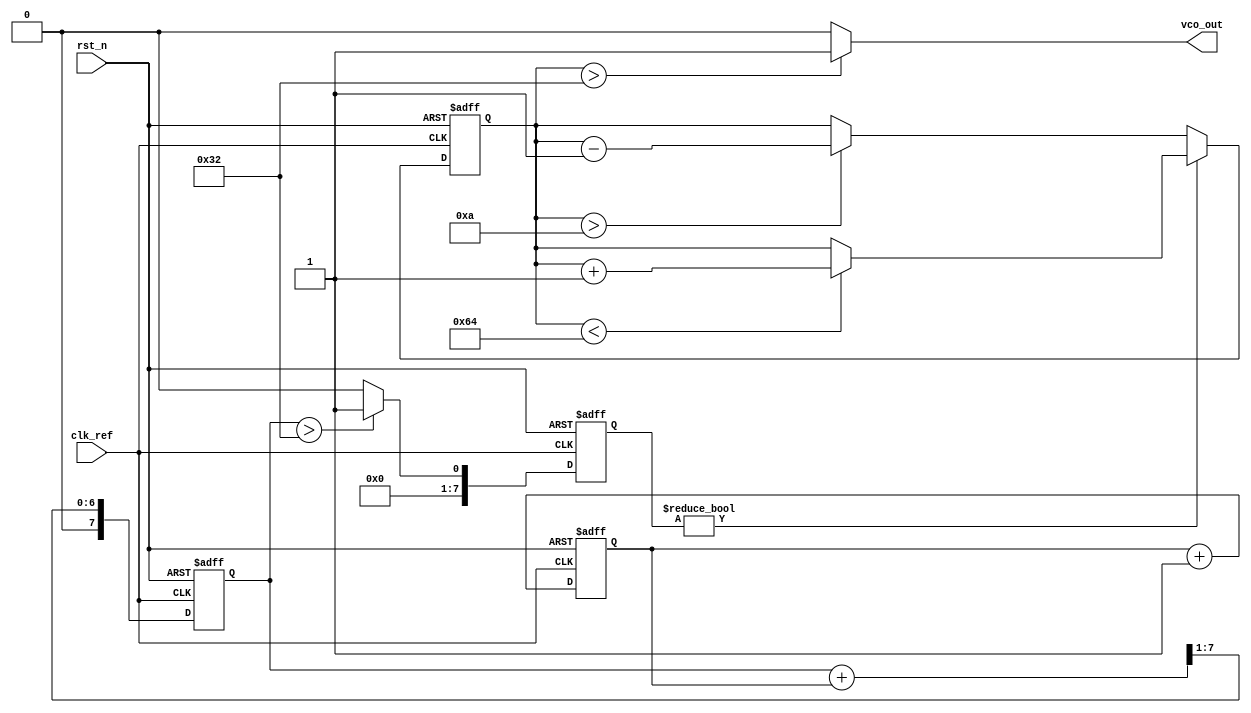
module SigmaDeltaPLL(
    input wire clk_ref,            // Reference clock input
    input wire rst_n,             // Active-low reset
    output wire vco_out           // VCO output
);

// Parameters
parameter N = 8;                 // Oversampling ratio
parameter VCO_MAX_FREQ = 100;   // Maximum VCO frequency
parameter VCO_MIN_FREQ = 10;    // Minimum VCO frequency

// Internal signals
reg [N-1:0] phase_count;         // Phase detector output
reg [N-1:0] loop_filter_out;     // Loop filter output
reg [N-1:0] sigma_delta_out;     // Sigma-delta modulator output
reg vco_ctrl;                    // Control signal for VCO
reg [7:0] vco_freq;              // VCO frequency control

// Phase Detector
always @(posedge clk_ref or negedge rst_n) begin
    if (!rst_n) begin
        phase_count <= 0;
    end else begin
        // Example phase detection logic (simple counter for demonstration)
        phase_count <= phase_count + 1; // Increment phase count
    end
end

// Loop Filter (Simple Low-Pass Filter)
always @(posedge clk_ref or negedge rst_n) begin
    if (!rst_n) begin
        loop_filter_out <= 0;
    end else begin
        // Simple averaging filter
        loop_filter_out <= (loop_filter_out + phase_count) >> 1; // Average
    end
end

// Sigma-Delta Modulator (1-bit ADC)
always @(posedge clk_ref or negedge rst_n) begin
    if (!rst_n) begin
        sigma_delta_out <= 0;
    end else begin
        // Simple 1-bit quantizer
        if (loop_filter_out > (VCO_MAX_FREQ / 2)) begin
            sigma_delta_out <= 1;
        end else begin
            sigma_delta_out <= 0;
        end
    end
end

// Voltage-Controlled Oscillator (VCO)
always @(posedge clk_ref or negedge rst_n) begin
    if (!rst_n) begin
        vco_freq <= VCO_MIN_FREQ; // Initialize VCO frequency
    end else begin
        // Control VCO frequency based on sigma-delta output
        if (sigma_delta_out) begin
            if (vco_freq < VCO_MAX_FREQ) begin
                vco_freq <= vco_freq + 1; // Increase frequency
            end
        end else begin
            if (vco_freq > VCO_MIN_FREQ) begin
                vco_freq <= vco_freq - 1; // Decrease frequency
            end
        end
    end
end

// VCO output generation (simple toggle for demonstration)
assign vco_out = (vco_freq > (VCO_MAX_FREQ / 2)) ? 1'b1 : 1'b0;

endmodule